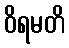
ဝိရမတိ